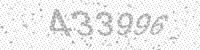
Solution: 433996